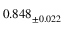
0 . 8 4 8 _ { \pm 0 . 0 2 2 }